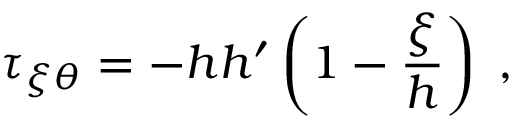
\tau _ { \xi \theta } = - h h ^ { \prime } \left( 1 - \frac { \xi } { h } \right) \; ,